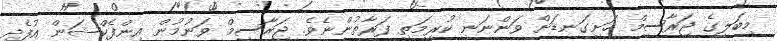
މިބަލީގެ ޖަރާސީމް ހަށިގަނޑަށް ވަންނަނީ ކުރިމަތި ފަރާތުންނެވެ. ޖަރާސީމް ވަނުމުން އިންފެކްޝަން އުފެދި